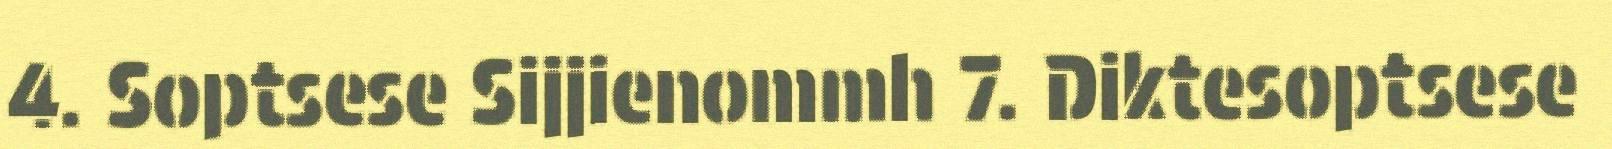
4. Soptsese Sijjienommh 7. Diktesoptsese